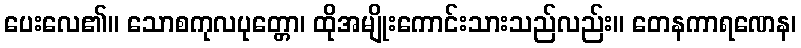
ပေးလေ၏။ သောစကုလပုတ္တော၊ ထိုအမျိုးကောင်းသားသည်လည်း။ တေနကာရဏေန၊